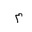
Letter: _mim